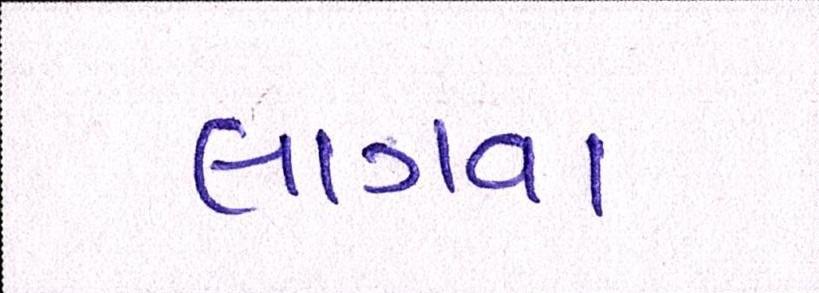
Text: લાગવા